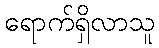
ရောက်ရှိလာသူ